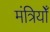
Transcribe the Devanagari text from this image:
मंत्रियोँ